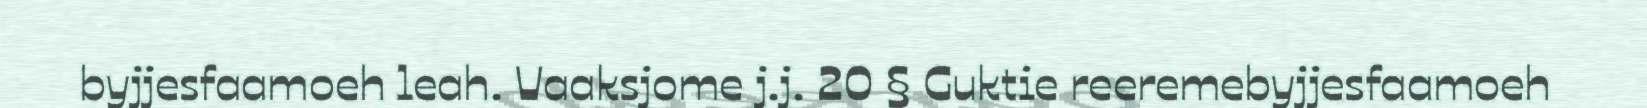
byjjesfaamoeh leah. Vaaksjome j.j. 20 § Guktie reeremebyjjesfaamoeh